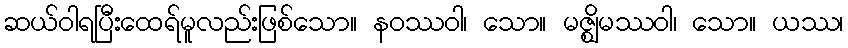
ဆယ်ဝါရပြီးထေရ်မူလည်းဖြစ်သော။ နဝဿဝါ၊ သော။ မဇ္ဈိမဿဝါ၊ သော။ ယဿ၊